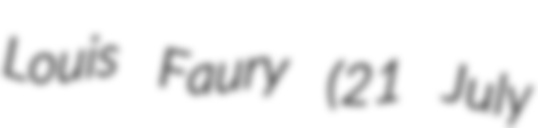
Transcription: Louis Faury (21 July